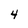
Character: 4